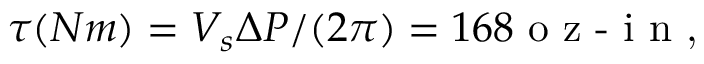
\tau ( N m ) = V _ { s } \Delta P / ( 2 \pi ) = 1 6 8 \textrm { o z - i n , }